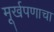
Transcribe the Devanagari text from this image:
मूर्खपणाचा